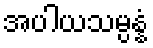
အပါယသမ္ပန္နံ